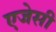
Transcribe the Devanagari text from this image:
एजेसी